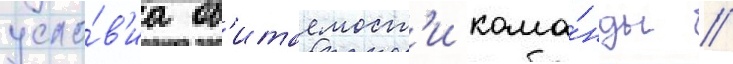
усло́в'иа об'итаемост'и кома́нды //